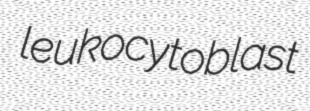
leukocytoblast